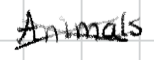
Text: Animals
Cross-out: cross
Writing tool: digital_black